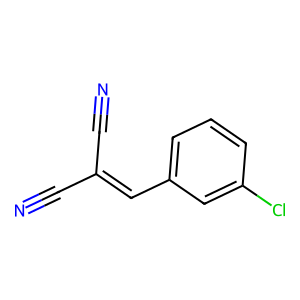
SMILES: N#CC(C#N)=Cc1cccc(Cl)c1
Inhibits HIV replication: No